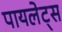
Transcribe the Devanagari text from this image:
पायलेट्स